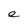
Character: e